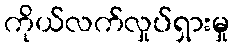
ကိုယ်လက်လှုပ်ရှားမှု